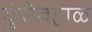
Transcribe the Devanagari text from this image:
कुंडेवहाळ